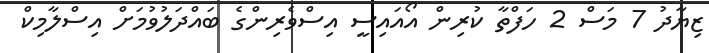
ޒިޔާދު 7 މަސް 2 ހަފްތާ ކުރިން އޯއައިސީ އިސްވެރިންގެ ބައްދަލުވުމަށް އިސްލާމިކް